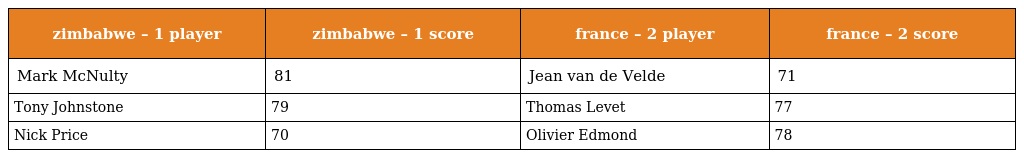
| zimbabwe – 1 player | zimbabwe – 1 score | france – 2 player | france – 2 score |
 | --- | --- | --- | --- |
 | Mark McNulty | 81 | Jean van de Velde | 71 |
 | Tony Johnstone | 79 | Thomas Levet | 77 |
 | Nick Price | 70 | Olivier Edmond | 78 |